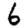
Digit: 6